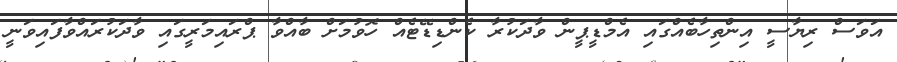
އަވަސް ރިޔާސީ އިންތިހާބެއްގައި އެމްޑީޕީން ވާދަކުރާ ކެންޑިޑޭޓެއް ހޮވުމަށް ބާއްވާ ޕްރައިމަރީގައި ވާދަކުރައްވާފައިވަނީ